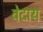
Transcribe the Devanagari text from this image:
वेदाय